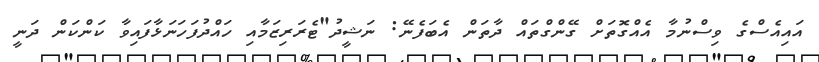
އައިއެސްގެ ވިސްނުމާ އެއްގޮތަށް ގޭންގްތައް ދާތަން އެބަފެނޭ: ނަޝީދު"ޓެރަރިޒަމާއި ހައްދުފަހަނަޅާފައިވާ ކަންކަން ދަނީ